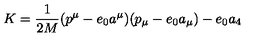
K = \frac { 1 } { 2 M } ( p ^ { \mu } - e _ { 0 } a ^ { \mu } ) ( p _ { \mu } - e _ { 0 } a _ { \mu } ) - e _ { 0 } a _ { 4 }